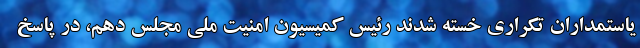
یاستمداران تکراری خسته شدند رئیس کمیسیون امنیت ملی مجلس دهم، در پاسخ